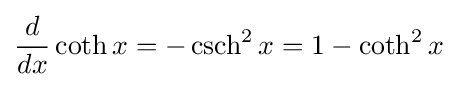
{\frac {d}{dx}}\coth x=-\operatorname {csch} ^{2}x=1-\coth ^{2}x